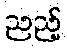
ညည့်